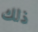
ذلك